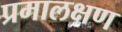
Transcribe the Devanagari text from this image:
प्रमालक्षण